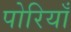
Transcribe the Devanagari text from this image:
पोरियाँ